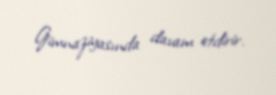
Gimnaziyasında davam etdirir.